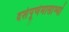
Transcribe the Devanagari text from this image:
दशंपूर्णमासाभ्यां